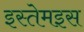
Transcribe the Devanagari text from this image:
इस्तेमइस